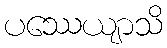
ပဿေယျာသိ